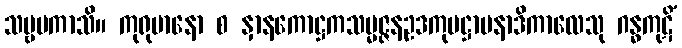
သဗ္ဗမကာသိ။ ကုရုမာနော စ နှာနကောဋ္ဌကသမ္မဇ္ဇနဥဒကုပဋ္ဌာပနာဒိကာလေသု ဂန္ဓကုဋိံ